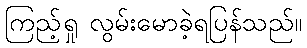
ကြည့်ရှု လွမ်းမောခဲ့ရပြန်သည်။